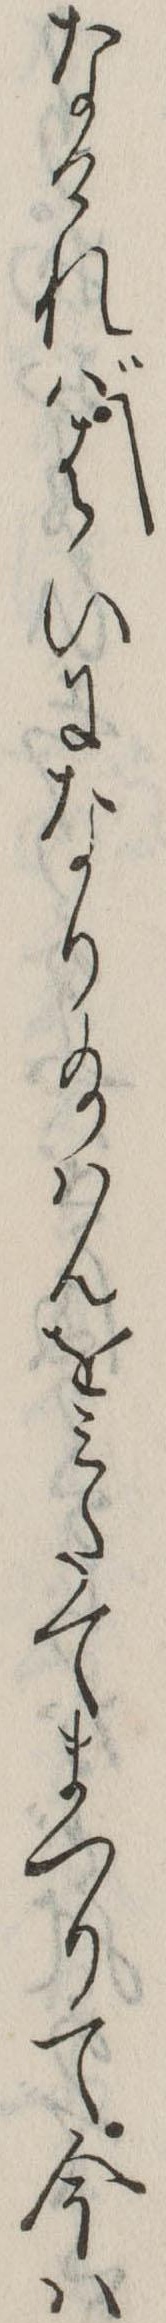
なければはいになり給はんをみたてまつりて今は